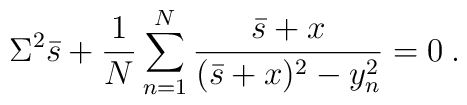
\Sigma^2\bar s+\frac{1}{N}\sum_{n=1}^N\frac{\bar s+x}  {(\bar s+x)^2-y_n^2}=0 \:.